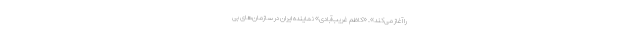
را آغاز می‌کند». «کاظم غریب‌آبادی» نماینده ایران در سازمان‌های بی